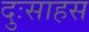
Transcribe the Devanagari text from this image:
दुःसाहस